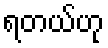
ရတယ်ဟု